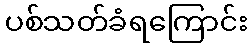
ပစ်သတ်ခံရကြောင်း